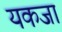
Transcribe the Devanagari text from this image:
यकजा